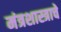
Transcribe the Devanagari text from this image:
मंत्रशास्त्राचे